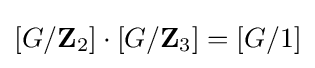
[G/\mathbf {Z} _{2}]\cdot [G/\mathbf {Z} _{3}]=[G/1]